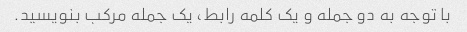
با توجه به دو جمله و یک کلمه رابط، یک جمله مرکب بنویسید.